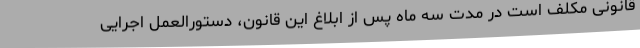
قانونی مکلف است در مدت سه ماه پس از ابلاغ این قانون، دستورالعمل اجرایی